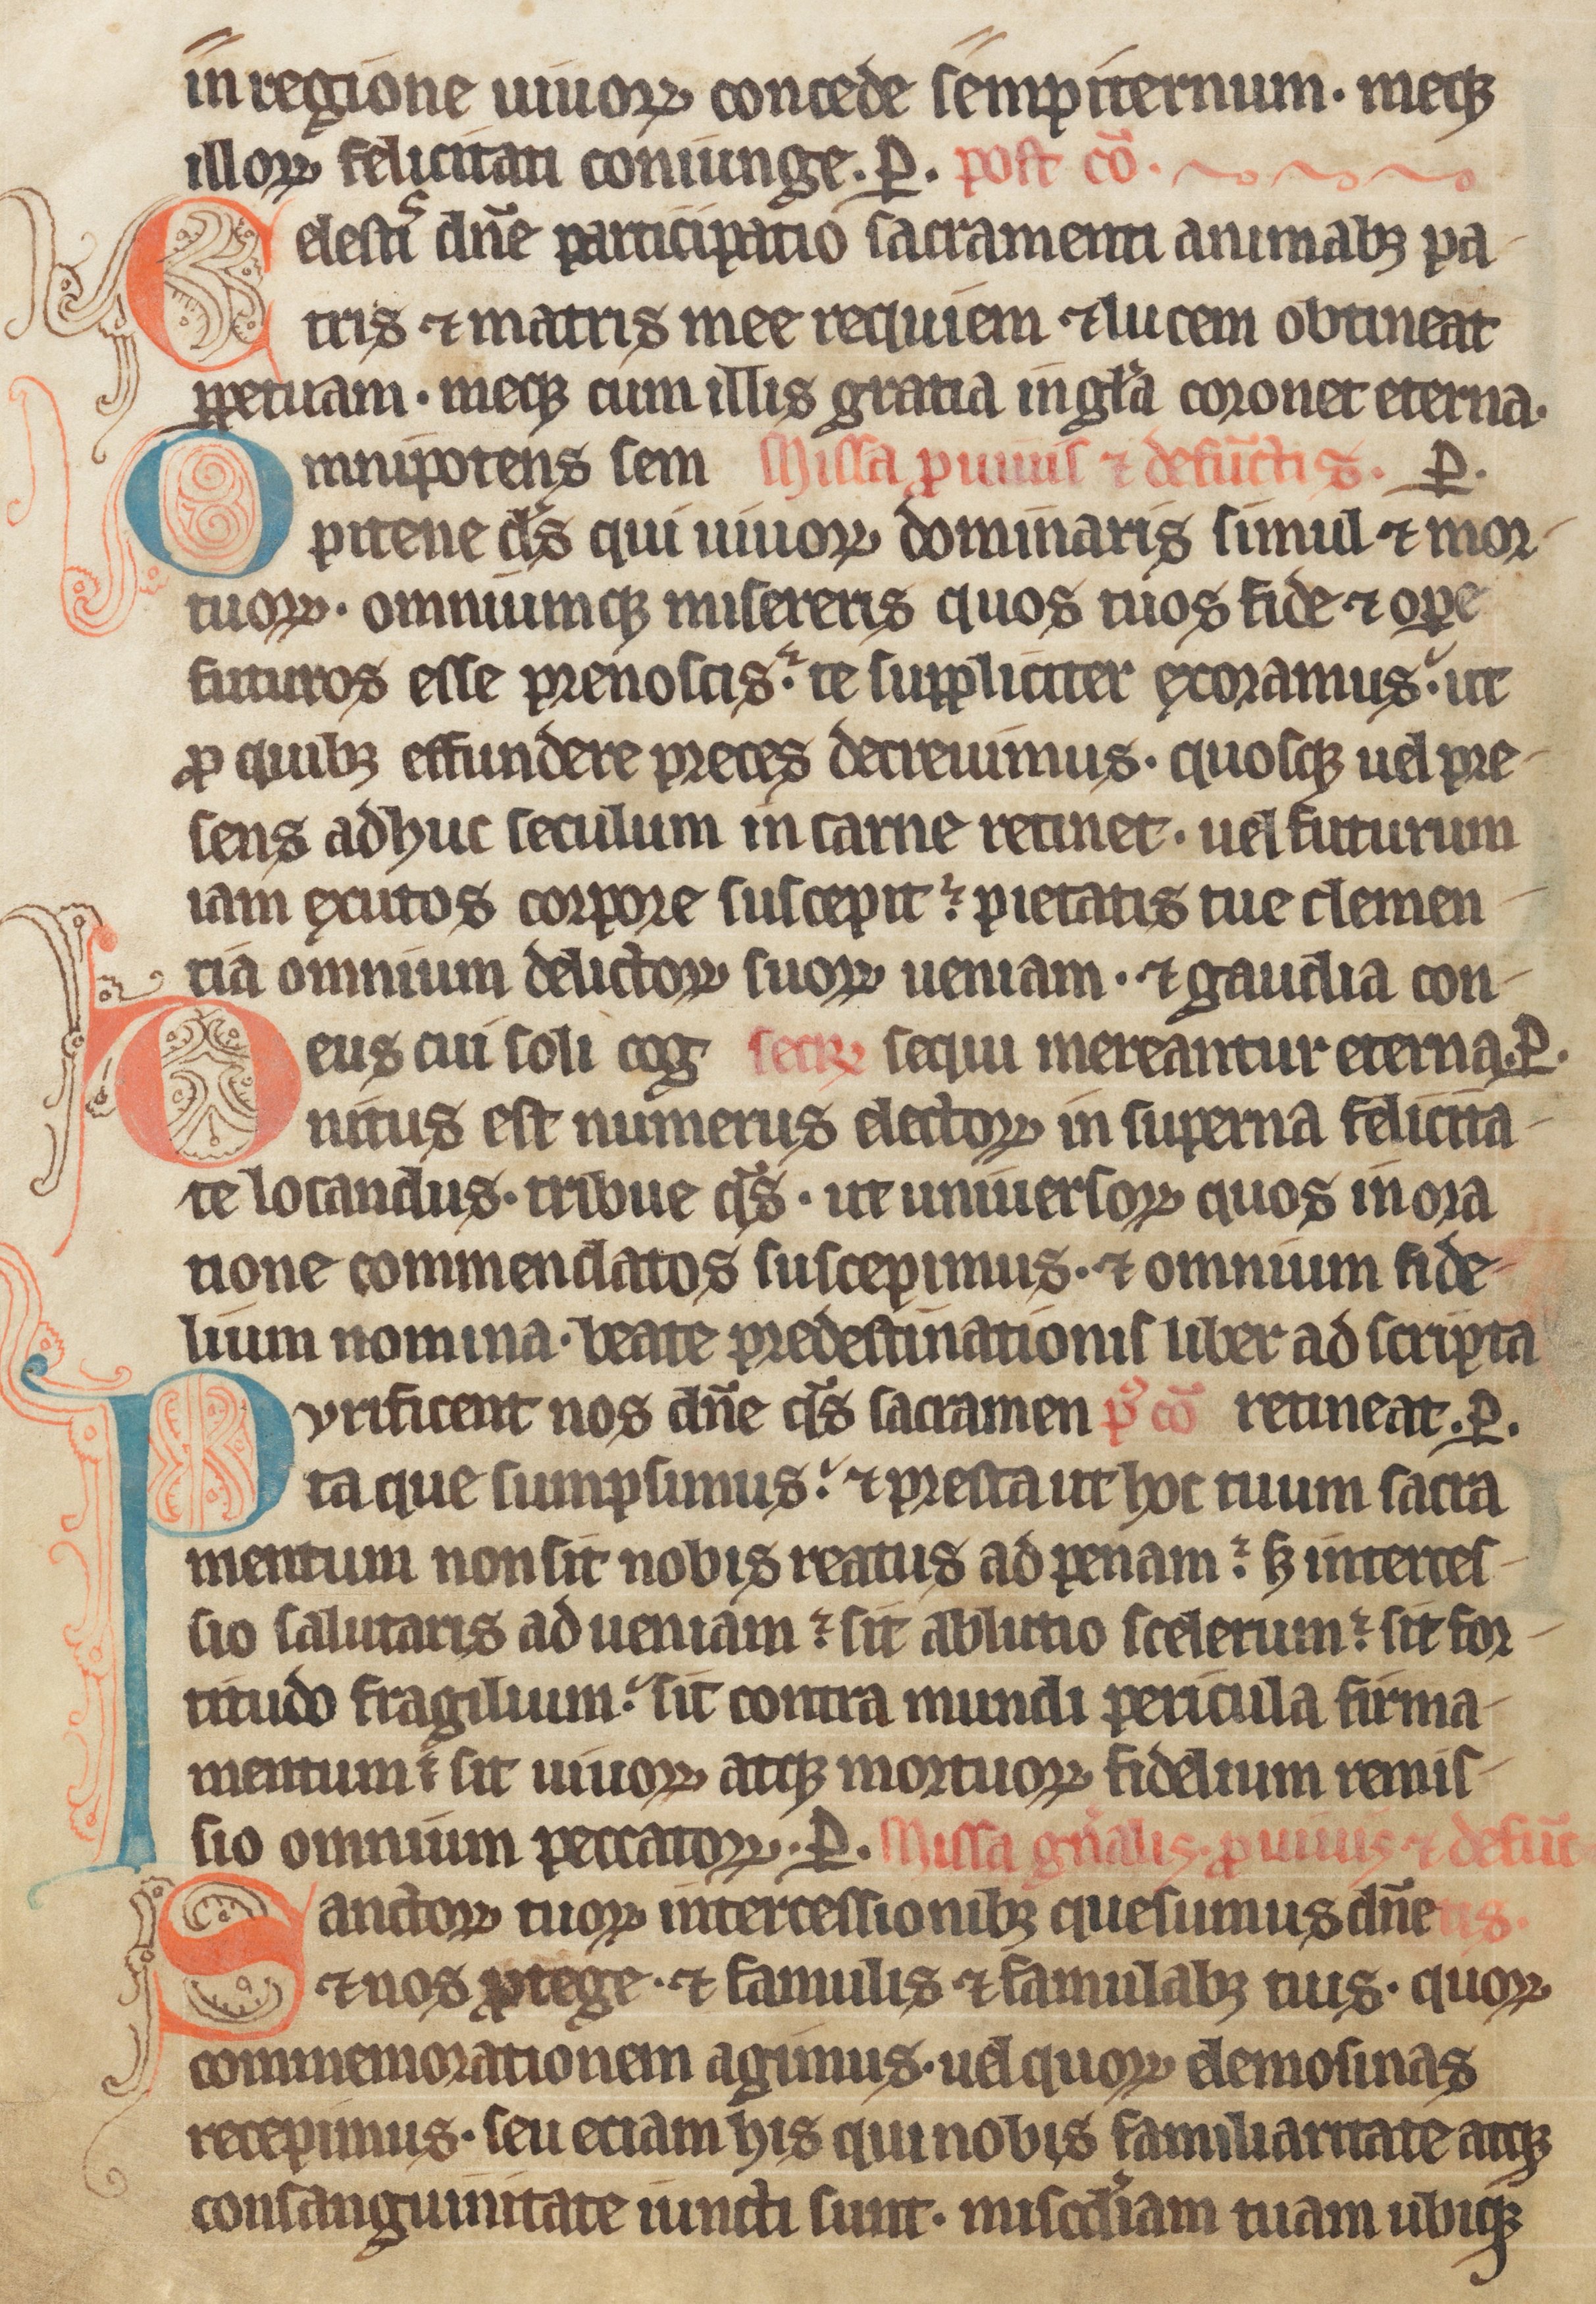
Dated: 1285–1315